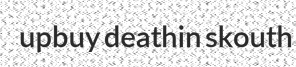
upbuy deathin skouth